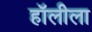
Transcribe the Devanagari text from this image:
हॉलीला